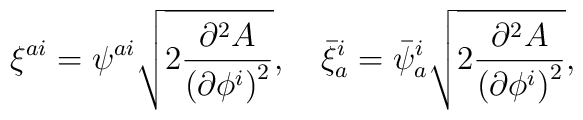
\xi^{ai} = \psi^{ai}\sqrt{2\frac{\partial^2 A}{{(\partial \phi^{i})}^2}} ,\quad\bar \xi^{i}_a = \bar \psi^{i}_a\sqrt{2\frac{\partial^2 A}{{(\partial \phi^{i})}^2}} ,